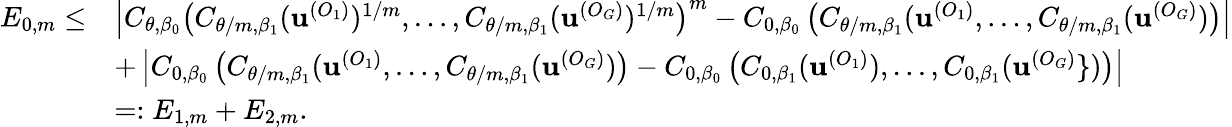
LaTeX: \begin{array}{rl}{E_{0,m}\leq}&{\left|C_{\theta,\beta_{0}}\left(C_{\theta/m,\beta_{1}}(\textbf{u}^{(O_{1})})^{1/m},\dots,C_{\theta/m,\beta_{1}}(\textbf{u}^{(O_{G})})^{1/m}\right)^{m}-C_{0,\beta_{0}}\left(C_{\theta/m,\beta_{1}}(\textbf{u}^{(O_{1})},\dots,C_{\theta/m,\beta_{1}}(\textbf{u}^{(O_{G})})\right)\right|}\\ &{+\left|C_{0,\beta_{0}}\left(C_{\theta/m,\beta_{1}}(\textbf{u}^{(O_{1})},\dots,C_{\theta/m,\beta_{1}}(\textbf{u}^{(O_{G})})\right)-C_{0,\beta_{0}}\left(C_{0,\beta_{1}}(\textbf{u}^{(O_{1})}),\dots,C_{0,\beta_{1}}(\textbf{u}^{(O_{G})}\} )\right)\right|}\\ &{=:E_{1,m}+E_{2,m}.}\end{array}